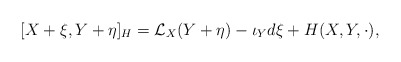
\begin{align*} [ X+\xi , Y + \eta ]_H = \mathcal{L}_X(Y+\eta ) -\iota_Yd\xi + H(X,Y,\cdot ),\end{align*}